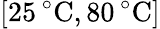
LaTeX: \left[25\, ^{\circ}\mathrm{C},80\, ^{\circ}\mathrm{C}\right]